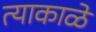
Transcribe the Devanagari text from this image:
त्याकाळे